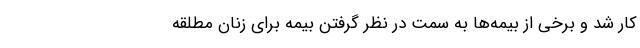
کار شد و برخی از بیمه‌ها به سمت در نظر گرفتن بیمه برای زنان مطلقه